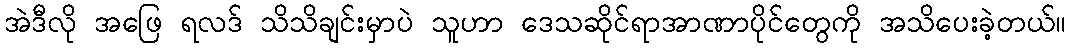
အဲဒီလို အဖြေ ရလဒ် သိသိချင်းမှာပဲ သူဟာ ဒေသဆိုင်ရာအာဏာပိုင်တွေကို အသိပေးခဲ့တယ်။